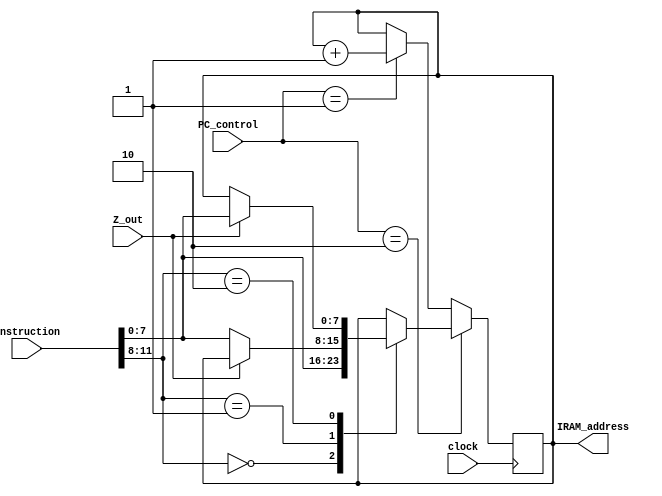
module PC(input wire Z_out,
		  input [1:0] PC_control,
		  input clock,
		  input wire [15:0] instruction, // instrution contains both jump address & jump condition
		  output wire [7:0] IRAM_address);		  
		  
reg [7:0] PC;
reg [7:0] jump_address;
reg [3:0] jump_condition;
assign IRAM_address = PC;

initial
begin
PC <= 8'b0;
end

always@(instruction)
begin
	jump_address <= instruction[7:0];
	jump_condition <= instruction[11:8];
end
							  
always@(posedge clock)
begin
	if (PC_control==2'b10)
	begin
		case(jump_condition)
		4'b0000:
			begin
			PC <= jump_address;
			end
		4'b0001:
			if (Z_out==0)
			begin
				PC <= jump_address;
			end
			else
				PC <= PC;
		4'b0010:
			if (Z_out==1)
			begin
				PC <= jump_address;
			end
			else
				PC <= PC;
	
		default: PC <= PC;
		endcase
	end
	else if (PC_control==2'b01)
		PC <= PC + 8'd1; //increment the PC by 1
	else
		PC <= PC;
end
							  
endmodule